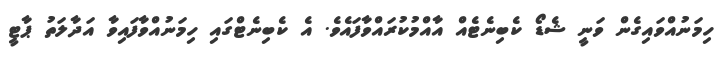
ހިމަނުއްވައިގެން ވަނީ ޝެޑޯ ކެބިނެޓެއް އާއްމުކުރައްވާފައެވެ. އެ ކެބިނެޓްގައި ހިމަނުއްވާފައިވާ އަދާލަތު ޕާޓީ